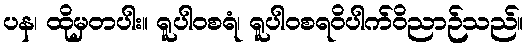
ပန၊ ထိုမှတပါး။ ရူပါဝစရံ၊ ရူပါဝစရဝိပါက်ဝိညာဉ်သည်။